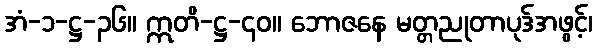
အံ-၁-ဋ္ဌ-၃၆။ ဣတိ-ဋ္ဌ-၄၀။ ဘောဇနေ မတ္တညုတာပုဒ်အဖွင့်၊